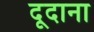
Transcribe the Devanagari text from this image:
दूदाना